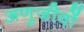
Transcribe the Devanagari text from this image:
अणुजीवों